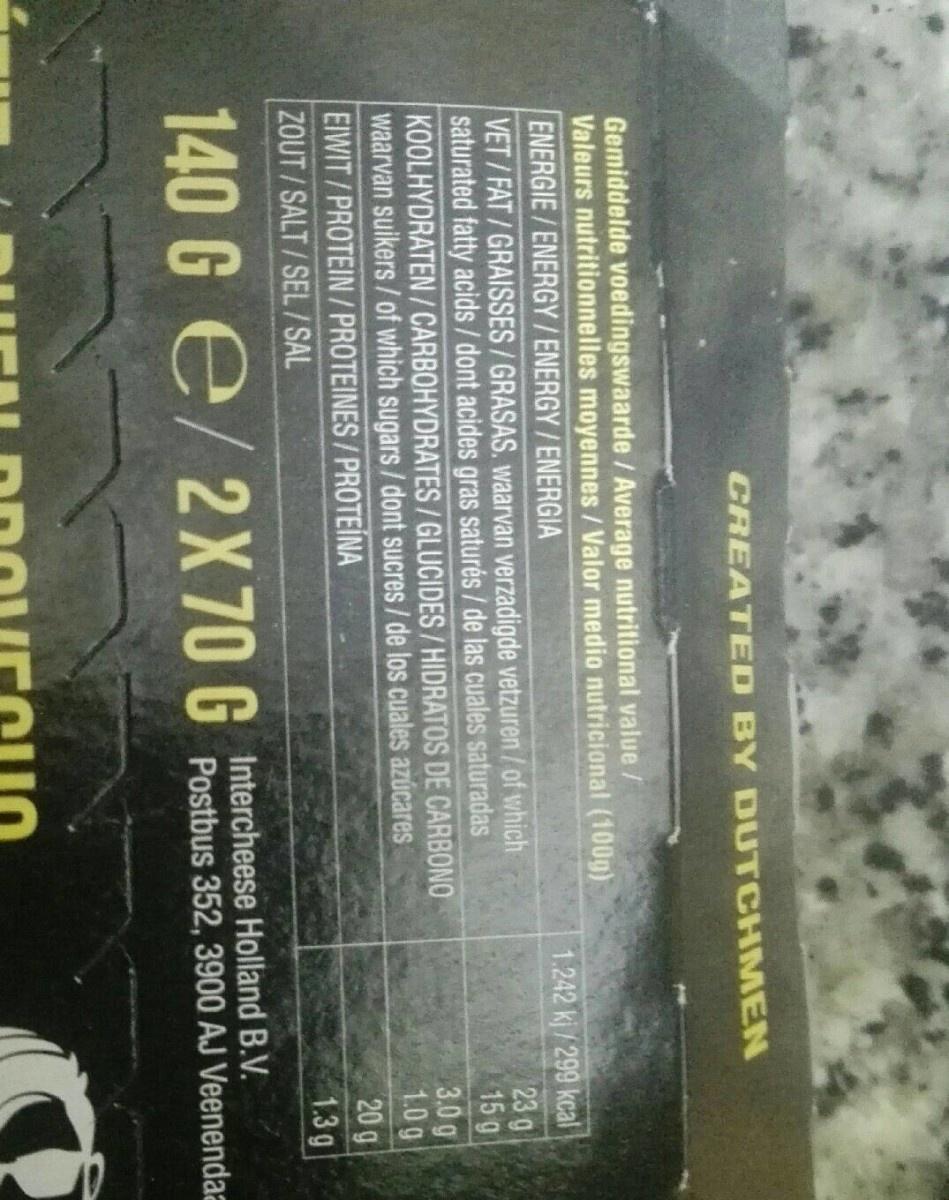
CREATED BY DUTCHMEN
Gemiddelde voedingswaarde / Average nutritional value / Valeurs nutritionnelles moyennes/Valor medio nutricional (100g) ENERGIE/ENERGY/ ENERGY/ENERGIA VET/FAT/GRAISSES/GRASAS. waarvan verzadigde vetzuren/ of which saturated fatty acids/dont acides gras saturés / de las cuales saturadas KOOLHYDRATEN / CARBOHYDRATES/GLUCIDES/ HIDRATOS DE CARBONO waarvan suikers/ of which sugars/dont sucres/de los cuales azúcares EIWIT/PROTEIN/PROTEINES / PROTEÍNA ZOUT/SALT/SEL /SAL
1.242 kj / 299 kcal 23 g 15g
3.0g 1.0 g
20 g
1.3g
GIntercheese Holland B.V. Postbus 352, 3900 AJ Veenendaa
140 G e/2X70G